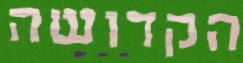
הקדושה